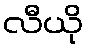
လီယို